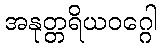
အနုတ္တရိယဝဂ္ဂေါ